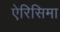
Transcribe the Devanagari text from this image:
ऐरिसिमा